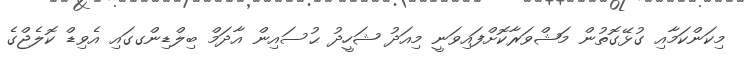
މިކަންކަމާއި ގުޅޭގޮތުން މަޝްވަރާކޮށްފައިވަނީ މިއަދު ޝަހީދު ޙުސައިން އާދަމް ބިލްޑިންގގައި އެވިޑް ކޮލެޖްގެ